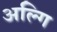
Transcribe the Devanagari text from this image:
अल्गि